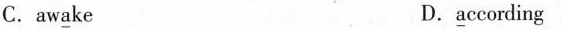
C.aw\underline{a}ke D.\underline{a}ccording